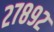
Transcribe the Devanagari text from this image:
२७८९२